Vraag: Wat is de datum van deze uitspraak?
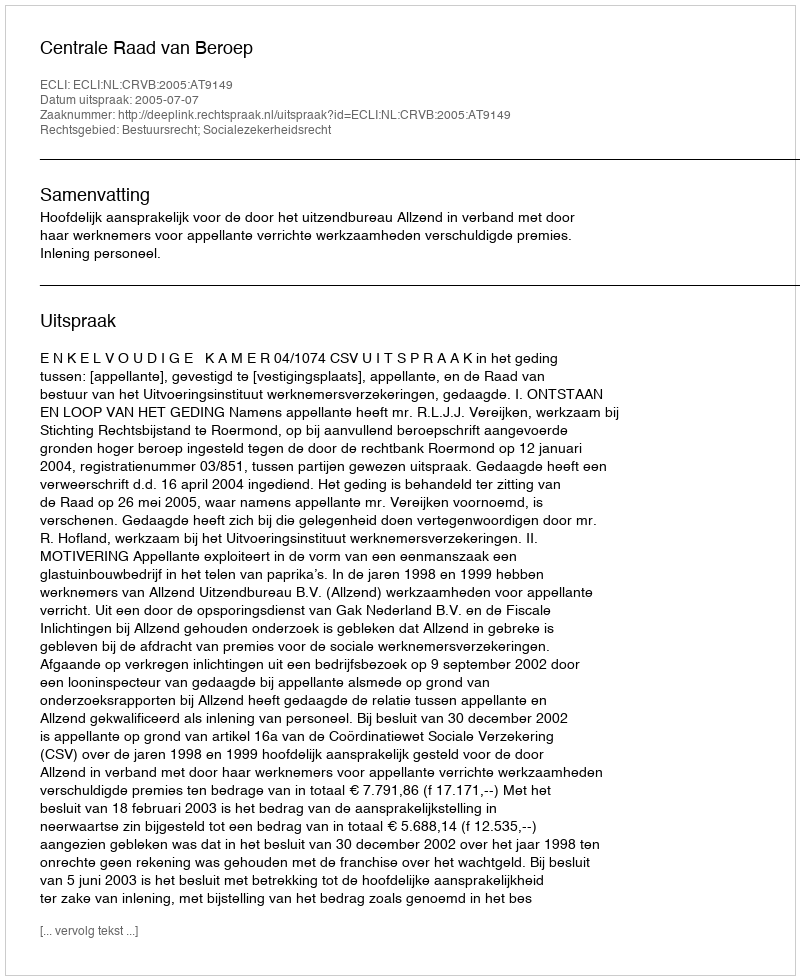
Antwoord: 2005-07-07